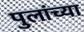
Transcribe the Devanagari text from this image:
पुलांच्या